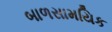
બાળસામયિક